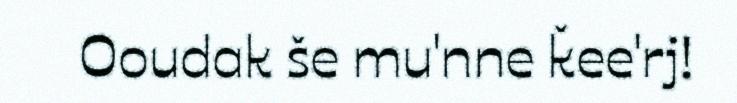
Ooudak še mu'nne ǩee'rj!